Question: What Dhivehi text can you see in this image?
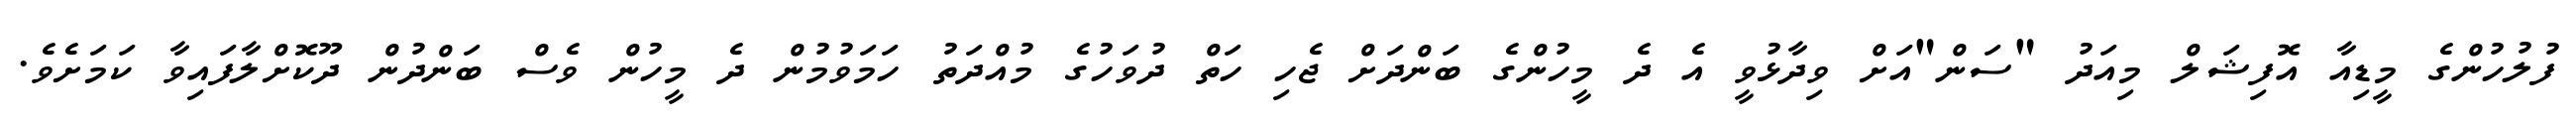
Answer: ފުލުހުންގެ މީޑިއާ އޮފިޝަލް މިއަދު "ސަން"އަށް ވިދާޅުވީ އެ ދެ މީހުންގެ ބަންދަށް ޖެހި ހަތް ދުވަހުގެ މުއްދަތު ހަމަވުމުން ދެ މީހުން ވެސް ބަންދުން ދޫކޮށްލާފައިވާ ކަމަށެވެ.